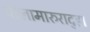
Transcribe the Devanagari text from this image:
धोलामारुरादुहा